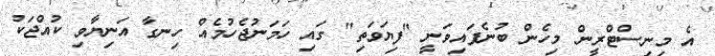
އެ މިނިސްޓްރީން މިހެން ބުނެފައިވަނީ "ފިޔަވަތި" ގައި ހަމަނުޖެހުމެއް ހިނގާ އަނިޔާވި ކުއްޖަކު